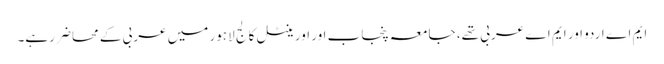
ایم اے اردو اور ایم اے عربی تھے، جامعہ پنجاب اور اورینٹل کالج لاہور میں عربی کے محاضر رہے۔